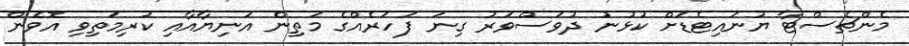
މެންޗެސްޓާ ޔުނައިޓެޑަށް ކުޅުނު ދުވަސްވަރު ގިނަ ފަހަރެއްގެ މަތިން އަނިޔާއާއި ކުރިމަތިވި އޮވެން